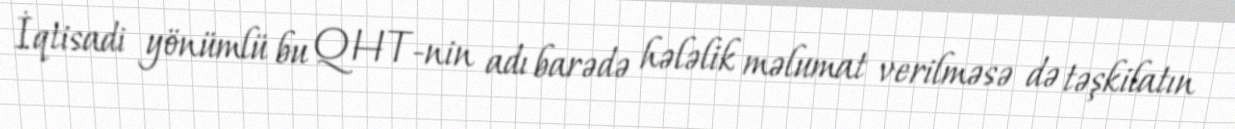
İqtisadi yönümlü bu QHT-nin adı barədə hələlik məlumat verilməsə də təşkilatın